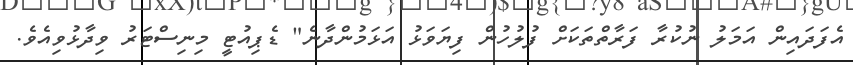
އެފަދައިން އަމަލު ނުކުރާ ފަރާތްތަކަށް ފުލުހުން ފިޔަވަޅު އަޅަމުންދާނެ" ޑެޕިއުޓީ މިނިސްޓަރު ވިދާޅުވިއެވެ.